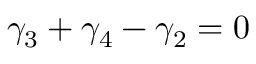
\gamma _ { 3 } + \gamma _ { 4 } - \gamma _ { 2 } = 0